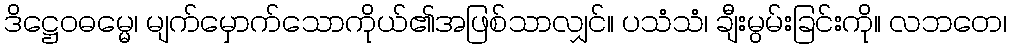
ဒိဋ္ဌေဝဓမ္မေ၊ မျက်မှောက်သောကိုယ်၏အဖြစ်သာလျှင်။ ပသံသံ၊ ချီးမွမ်းခြင်းကို။ လဘတေ၊